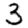
Digit: 3